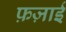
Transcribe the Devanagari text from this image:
फ़ज़ाई